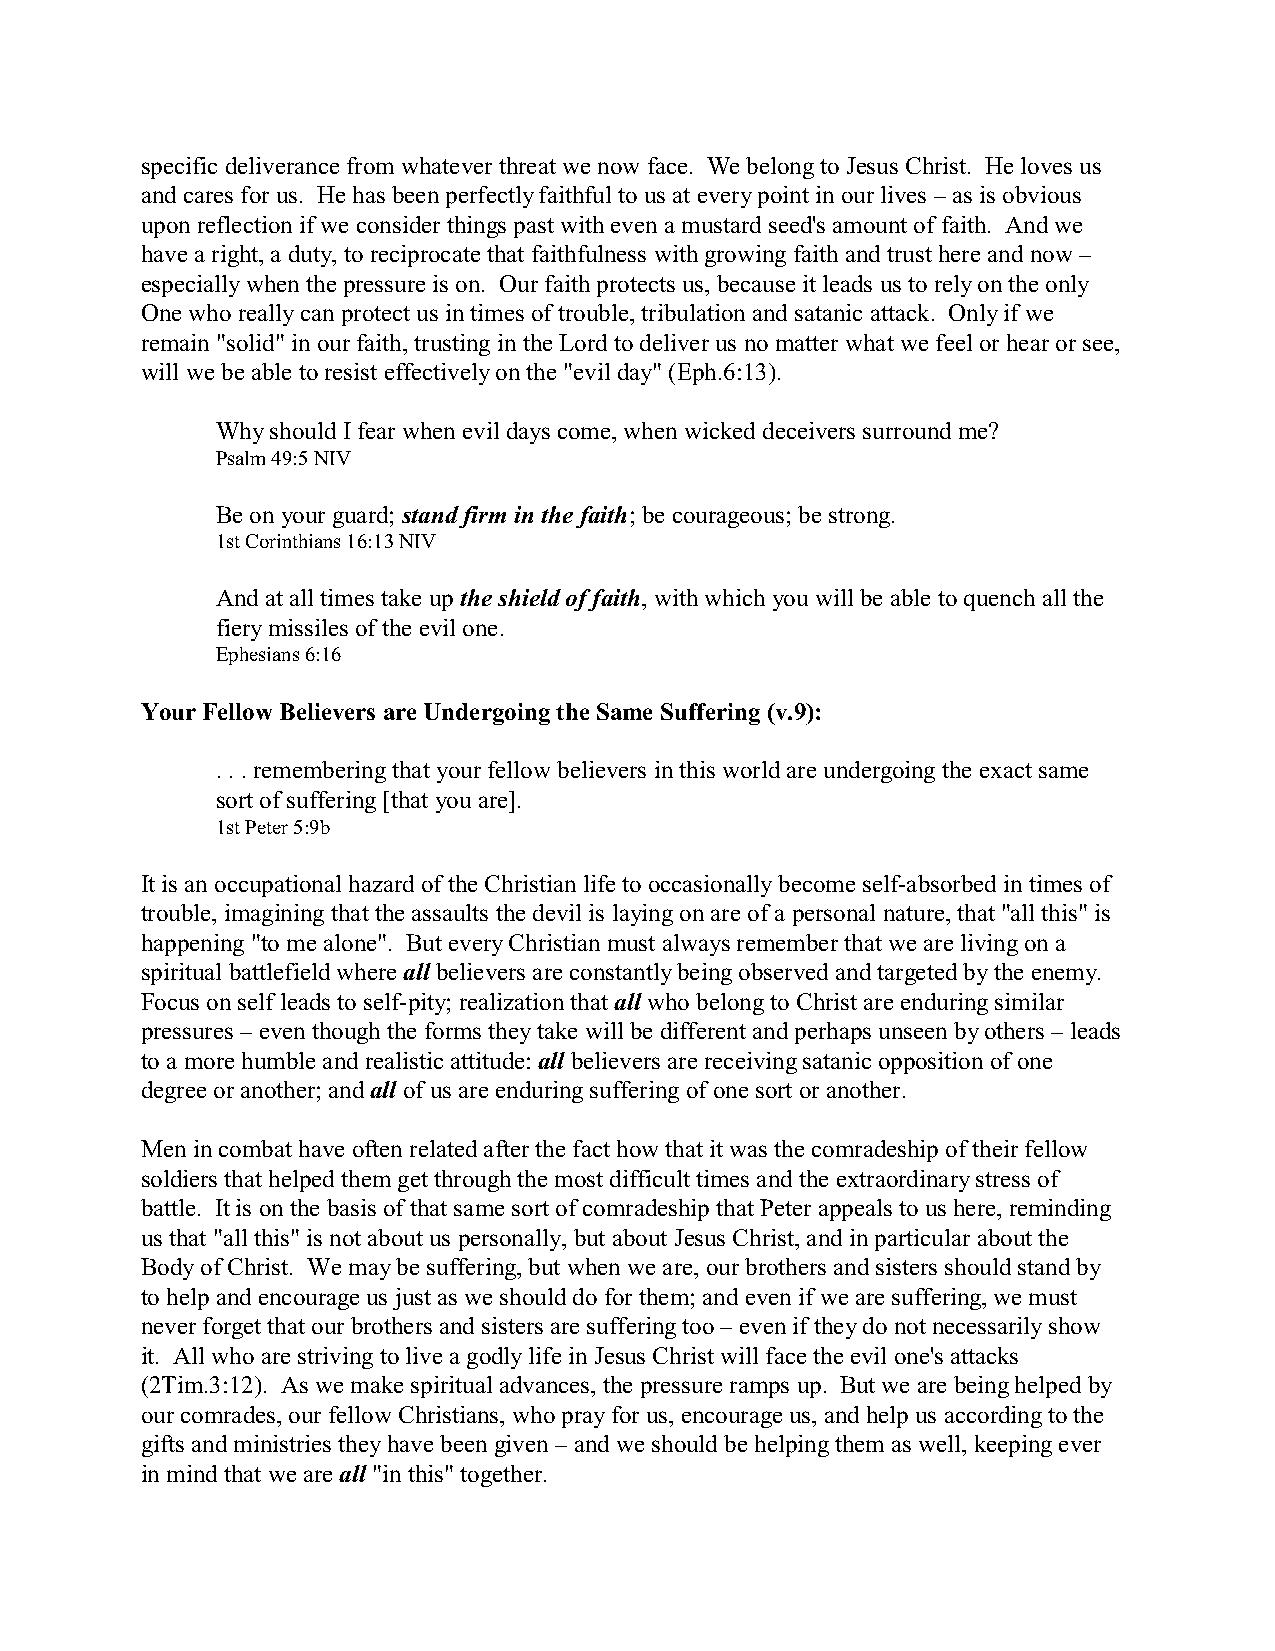
specific deliverance from whatever threat we now face. We belong to Jesus Christ. He loves us
 and cares for us. He has been perfectly faithful to us at every point in our lives – as is obvious
 upon reflection if we consider things past with even a mustard seed's amount of faith. And we
 have a right, a duty, to reciprocate that faithfulness with growing faith and trust here and now –
 especially when the pressure is on. Our faith protects us, because it leads us to rely on the only
 One who really can protect us in times of trouble, tribulation and satanic attack. Only if we
 remain "solid" in our faith, trusting in the Lord to deliver us no matter what we feel or hear or see,
 will we be able to resist effectively on the "evil day" (Eph.6:13).
 Why should I fear when evil days come, when wicked deceivers surround me?
 Psalm 49:5 NIV
 Be on your guard; stand firm in the faith; be courageous; be strong.
 1st Corinthians 16:13 NIV
 And at all times take up the shield of faith, with which you will be able to quench all the
 fiery missiles of the evil one.
 Ephesians 6:16
 Your Fellow Believers are Undergoing the Same Suffering (v.9):
 . . . remembering that your fellow believers in this world are undergoing the exact same
 sort of suffering [that you are].
 1st Peter 5:9b
 It is an occupational hazard of the Christian life to occasionally become self-absorbed in times of
 trouble, imagining that the assaults the devil is laying on are of a personal nature, that "all this" is
 happening "to me alone". But every Christian must always remember that we are living on a
 spiritual battlefield where all believers are constantly being observed and targeted by the enemy.
 Focus on self leads to self-pity; realization that all who belong to Christ are enduring similar
 pressures – even though the forms they take will be different and perhaps unseen by others – leads
 to a more humble and realistic attitude: all believers are receiving satanic opposition of one
 degree or another; and all of us are enduring suffering of one sort or another.
 Men in combat have often related after the fact how that it was the comradeship of their fellow
 soldiers that helped them get through the most difficult times and the extraordinary stress of
 battle. It is on the basis of that same sort of comradeship that Peter appeals to us here, reminding
 us that "all this" is not about us personally, but about Jesus Christ, and in particular about the
 Body of Christ. We may be suffering, but when we are, our brothers and sisters should stand by
 to help and encourage us just as we should do for them; and even if we are suffering, we must
 never forget that our brothers and sisters are suffering too – even if they do not necessarily show
 it. All who are striving to live a godly life in Jesus Christ will face the evil one's attacks
 (2Tim.3:12). As we make spiritual advances, the pressure ramps up. But we are being helped by
 our comrades, our fellow Christians, who pray for us, encourage us, and help us according to the
 gifts and ministries they have been given – and we should be helping them as well, keeping ever
 in mind that we are all "in this" together.